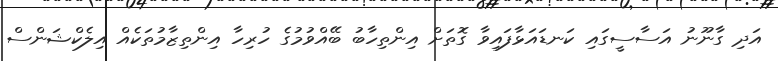
އަދި ގާނޫނު އަސާސީގައި ކަނޑައަޅާފައިވާ ގޮތަށް އިންތިހާބު ބޭއްވުމުގެ ހުރިހާ އިންތިޒާމުތަކެއް އިލެކްޝަންސް